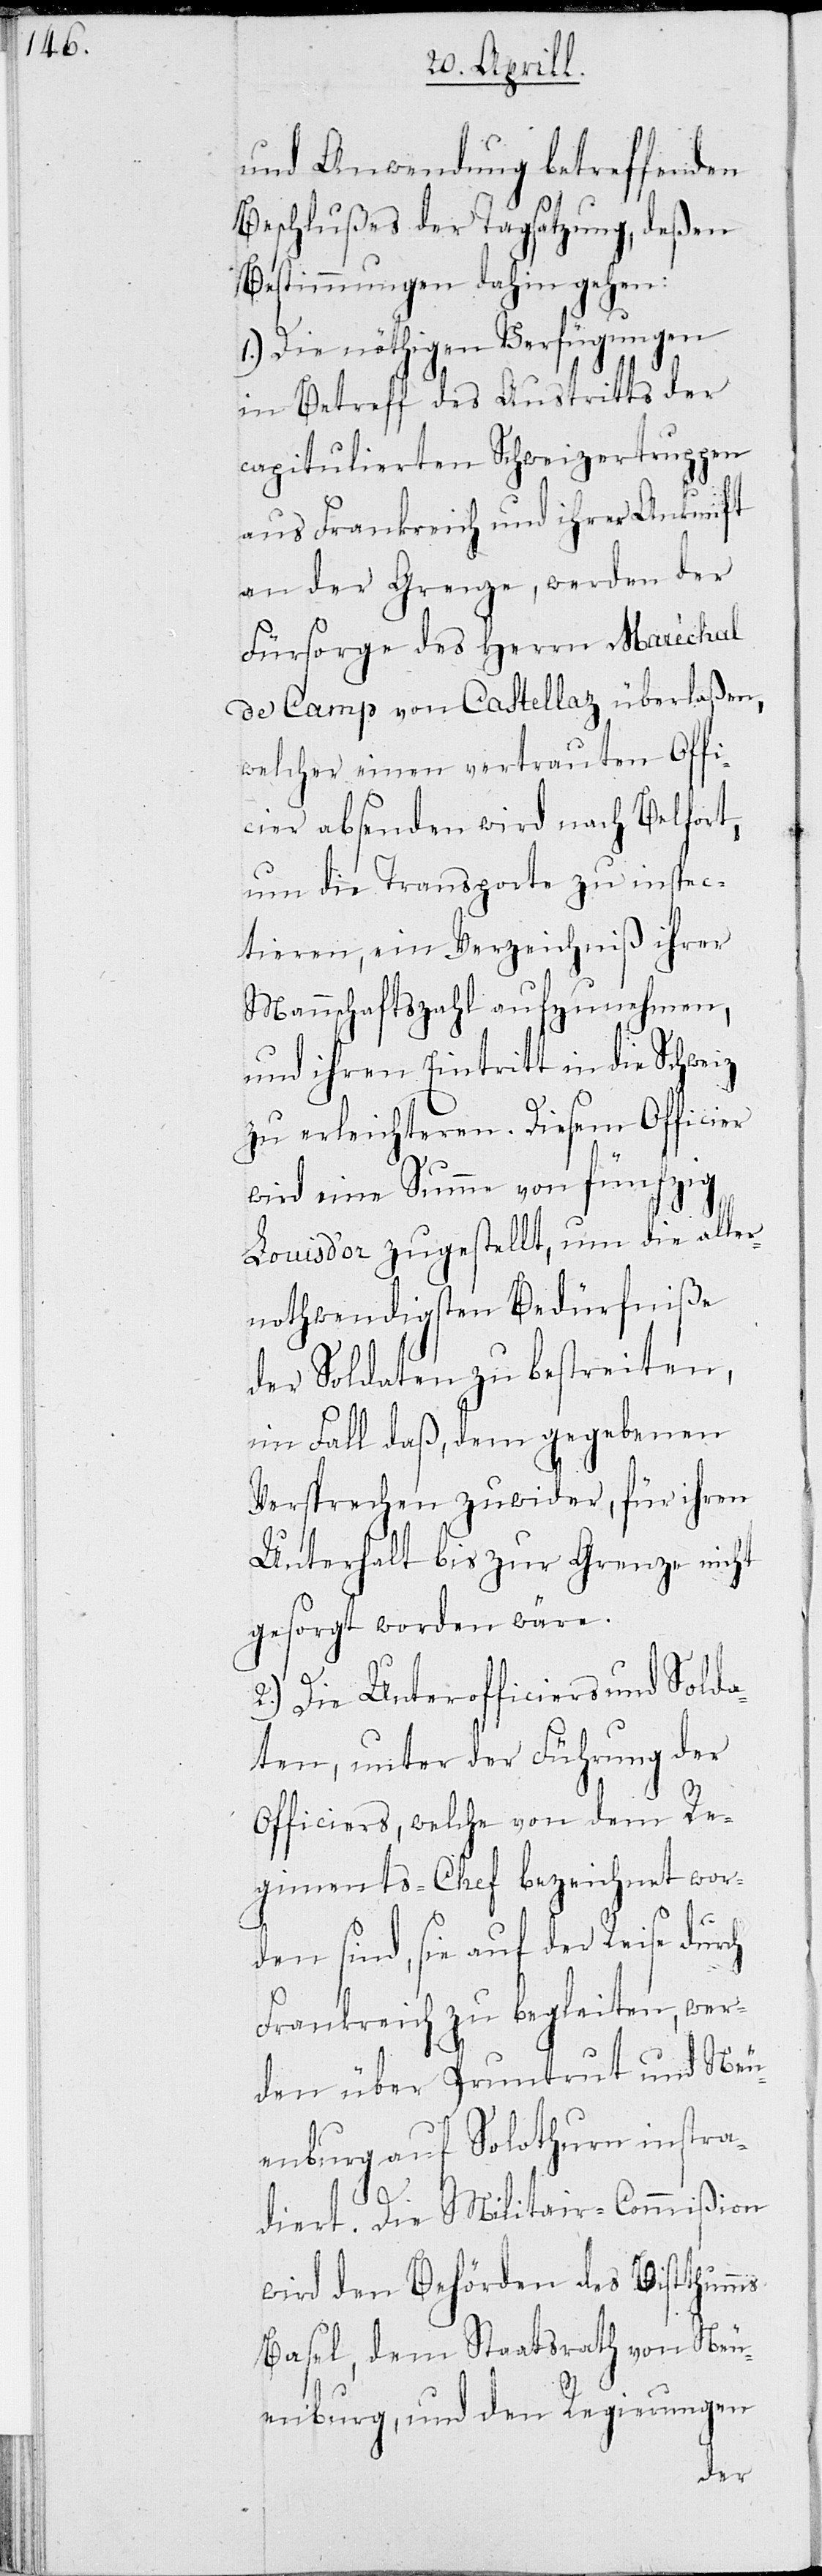
und Anwendung betreffenden
Beschlußes der Tagsatzung, deßen
Bestimmungen dahin gehen:
1.) Die nöthigen Verfügungen
in Betreff des Austritts der
capitulierten Schweizertruppen
aus Frankreich und ihrer Ankunft
an der Grenze, werden der
Fürsorge des Herrn Maréchal
de Camp von Castellaz überlaßen,
welcher einen vertrauten Offi¬
cier absenden wird nach Belfort,
um die Transporte zu inspec¬
tieren, ein Verzeichniß ihrer
Mannschaftszahl aufzunehmen,
und ihren Eintritt in die Schweiz
zu erleichteren. Diesem Officier
wird eine Summe von fünfzig
Louis d’Or zugestellt, um die aller¬
nothwendigsten Bedürfniße
der Soldaten zu bestreiten,
im Fall daß, dem gegebenen
Versprechen zuwider, für ihren
Unterhalt bis zur Grenze nicht
gesorgt worden wäre.
2.) Die Unterofficiers und Solda¬
ten, unter der Führung der
Officiers, welche von dem Re¬
giments-Chef bezeichnet wor¬
den sind, sie auf der Reise durch
Frankreich zu begleiten, wer¬
den über Pruntrut und Neu¬
enburg auf Solothurn instra¬
diert. Die Militair-Commißion
wird den Behörden des Bistthumms
Basel, dem Staatsrath von Neu¬
enburg, und den Regierungen